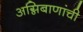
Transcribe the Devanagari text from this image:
अग्निबाणांची